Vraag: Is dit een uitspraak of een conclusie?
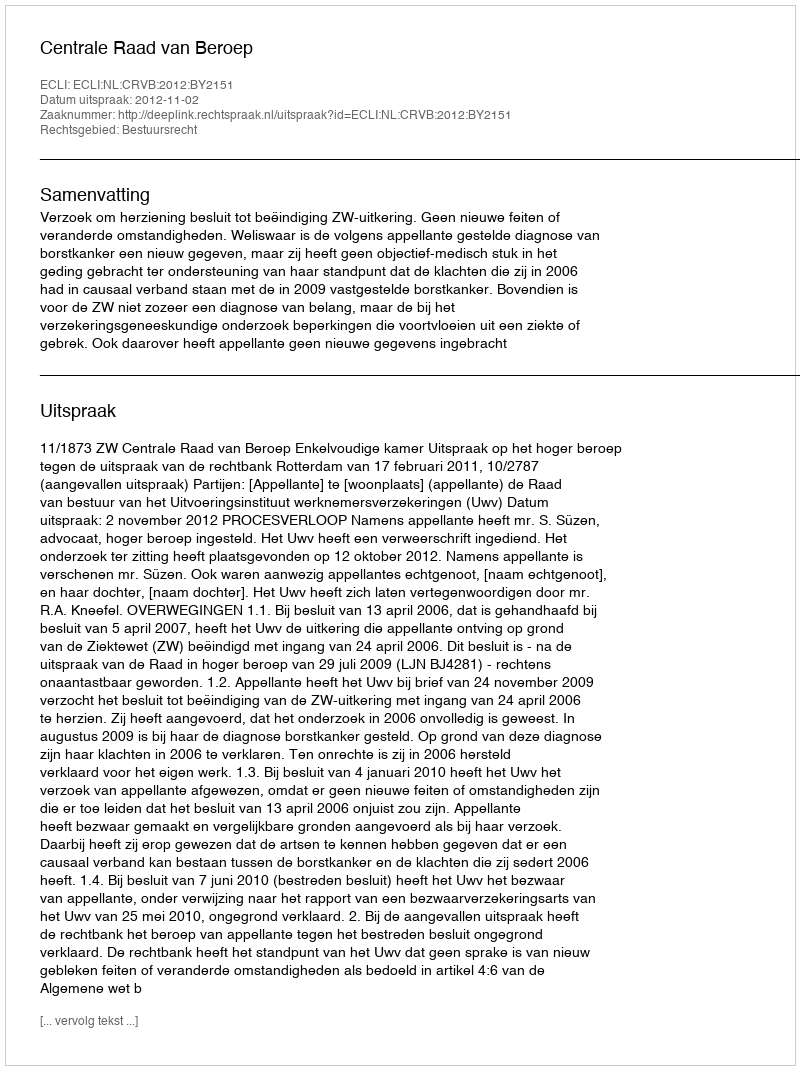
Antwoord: Uitspraak